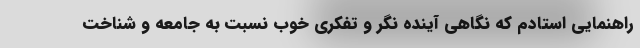
راهنمایی استادم که نگاهی آینده نگر و تفکری خوب نسبت به جامعه و شناخت